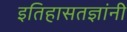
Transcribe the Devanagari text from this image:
इतिहासतज्ञांनी